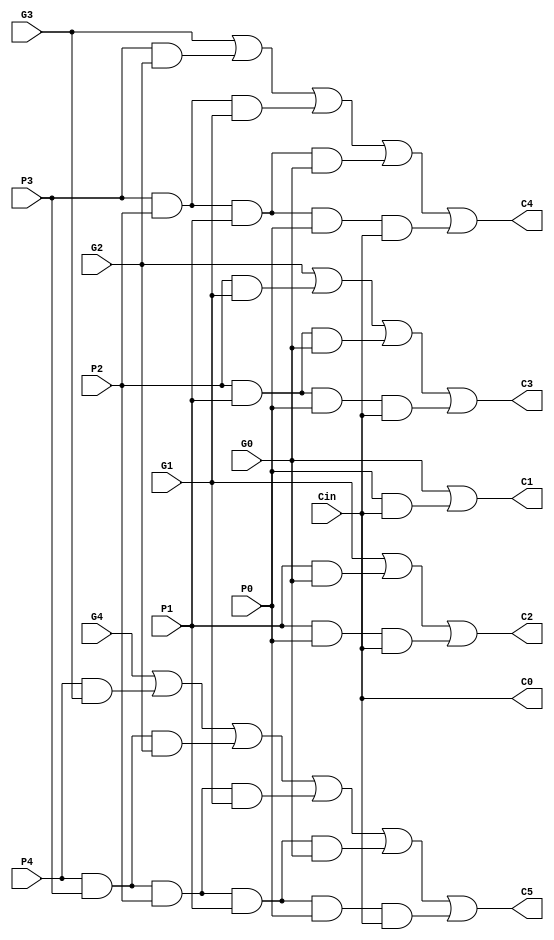
`timescale 1ns / 1ps

module CLA(P0, G0, P1, G1, P2, G2, P3, G3, P4, G4, Cin, C0, C1, C2, C3, C4, C5);

	input P0, G0, P1, G1, P2, G2, P3, G3, P4, G4, Cin;
	output reg C0, C1, C2, C3, C4, C5;
		
	always @ (*)
	begin
			C0 = Cin;
			C1 = G0 | (P0 & Cin);
			C2 = G1 | (P1 & G0) | (P1 & P0 & Cin);
			C3 = G2 | (P2 & G1) | (P2 & P1 & G0) | (P2 & P1 & P0 & Cin);
			C4 = G3 | (P3 & G2) | (P3 & P2 & G1) | (P3 & P2 & P1 & G0) | (P3 & P2 & P1 & P0 & Cin);
			C5 = G4 | (P4 & G3) | (P4 & P3 & G2) | (P4 & P3 & P2 & G1) | (P4 & P3 & P2 & P1 & G0) | (P4 & P3 & P2 & P1 & P0 & Cin);
	end

endmodule